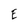
Character: E